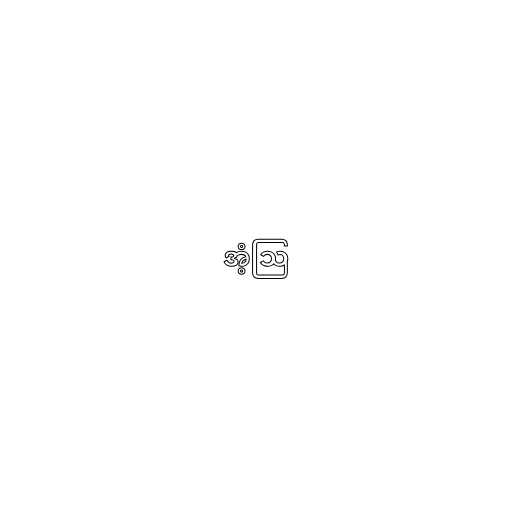
အံ့ဩ